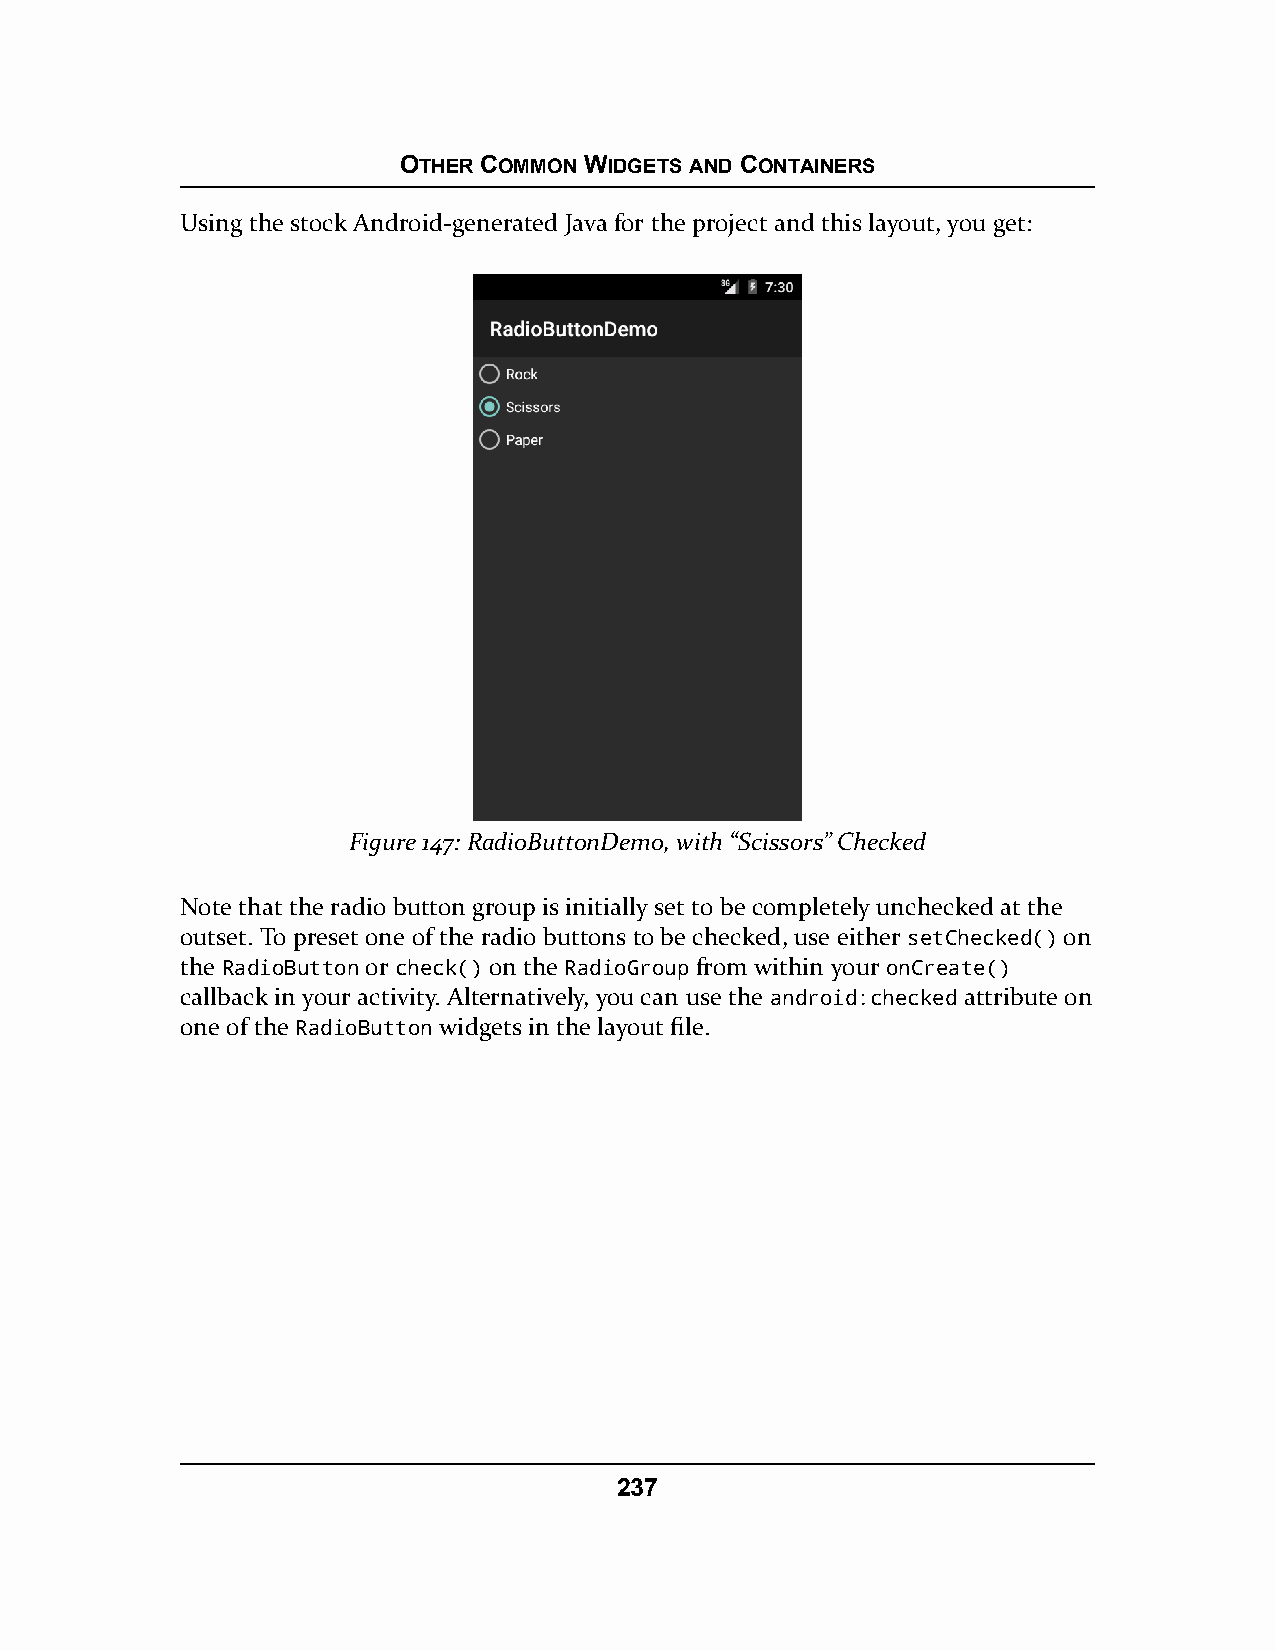
OTHER COMMON WIDGETS AND CONTAINERS
 Using the stock Android-generated Java for the project and this layout, you get:
 Figure 147: RadioButtonDemo, with “Scissors” Checked
 Note that the radio button group is initially set to be completely unchecked at the
 outset. To preset one of the radio buttons to be checked, use either setChecked() on
 the RadioButton or check() on the RadioGroup from within your onCreate()
 callback in your activity. Alternatively, you can use the android:checked attribute on
 one of the RadioButton widgets in the layout file.
 237